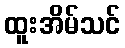
ထူးအိမ်သင်